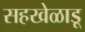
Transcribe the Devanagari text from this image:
सहखेळाडू